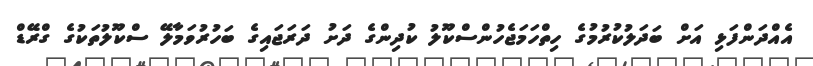
އެއްދަންފަޅި އަށް ބަދަލުކުރުމުގެ ހިތްހަމަޖެހުންސްކޫލު ކުދިންގެ ދަށު ދަރަޖައިގެ ބަހުރުވަމާލޭ ސްކޫލުތަކުގެ ގްރޭޑް